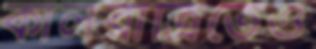
কালরাত্রিতেও